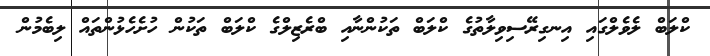
ކްލަބް ލެވެލްގައި އިނގިރޭސިވިލާތުގެ ކްލަބް ތަކުންނާއި ބްރެޒިލްގެ ކްލަބް ތަކުން ހުށެހެޅުންތައް ލިބެމުން